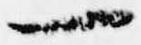
一